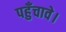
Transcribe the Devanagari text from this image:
पहुँचावे।